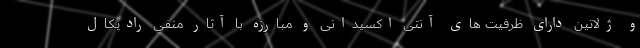
و ژلاتین دارای ظرفیت های آنتی اکسیدانی و مبارزه با آثار منفی رادیکال